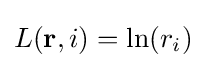
L(\mathbf {r} ,i)=\ln(r_{i})